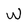
Character: w